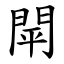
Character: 閛